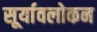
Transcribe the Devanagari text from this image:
सूर्यावलोकन